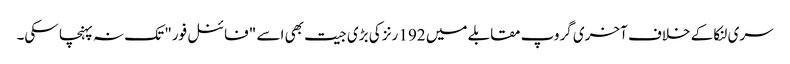
سری لنکا کے خلاف آخری گروپ مقابلے میں 192 رنز کی بڑی جیت بھی اسے "فائنل فور" تک نہ پہنچا سکی۔